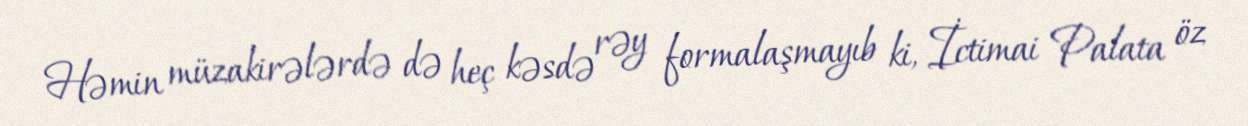
Həmin müzakirələrdə də heç kəsdə rəy formalaşmayıb ki, İctimai Palata öz